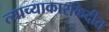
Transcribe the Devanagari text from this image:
त्याच्याकारकिर्दीत